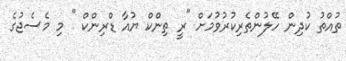
ތުއްތު ކުދިން ހޭލުންތެރިކުރުވުމަށް "ރީ ތިންކް ޔުއާ ޑްރިންކް " މި މެސެޖުގެ